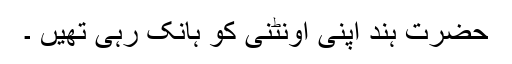
حضرت ہند اپنی اونٹنی کو ہانک رہی تھیں ۔